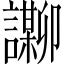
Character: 𬣌